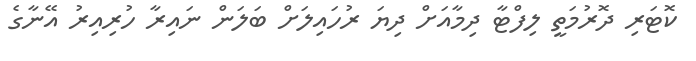
ކޮޓަރި ދޮރުމަތީ ލިފްޓާ ދިމާއަށް ދިޔަ ރުހައިލަށް ބަލަން ނައިރާ ހުރިއިރު އޭނާގެ